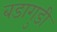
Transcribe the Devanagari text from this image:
बडागुडी